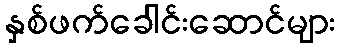
နှစ်ဖက်ခေါင်းဆောင်များ